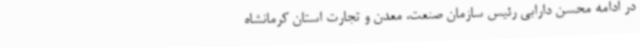
در ادامه محسن دارابی رئیس سازمان صنعت، معدن و تجارت استان کرمانشاه